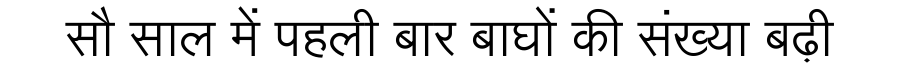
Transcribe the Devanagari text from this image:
सौ साल में पहली बार बाघों की संख्या बढ़ी